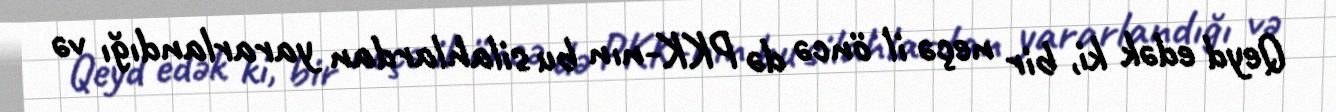
Qeyd edək ki, bir neçə il öncə də PKK-nın bu silahlardan yararlandığı və